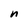
Character: n